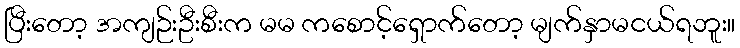
ပြီးတော့ အကျဉ်းဦးစီးက မမ ကစောင့်ရှောက်တော့ မျက်နှာမငယ်ရဘူး။